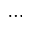
\cdots